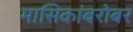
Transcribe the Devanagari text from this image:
मासिकांबरोबर